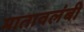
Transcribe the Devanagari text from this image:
मातावलंबी